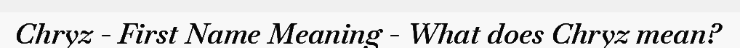
Chryz - First Name Meaning - What does Chryz mean?